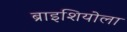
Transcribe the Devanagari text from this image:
ब्राइशियोला